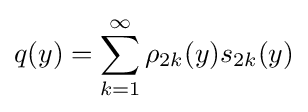
q(y)=\sum _{k=1}^{\infty }\rho _{2k}(y)s_{2k}(y)